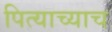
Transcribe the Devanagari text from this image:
पित्याच्याच